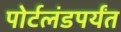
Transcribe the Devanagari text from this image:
पोर्टलंडपर्यंत